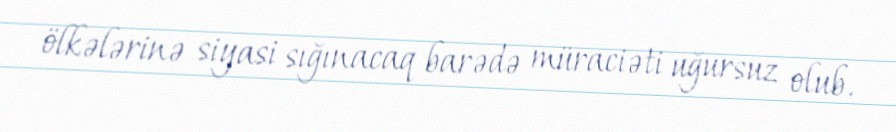
ölkələrinə siyasi sığınacaq barədə müraciəti uğursuz olub.